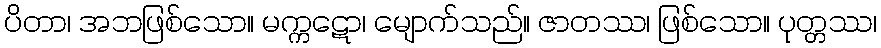
ပိတာ၊ အဘဖြစ်သော။ မက္ကဋော၊ မျောက်သည်။ ဇာတဿ၊ ဖြစ်သော။ ပုတ္တဿ၊